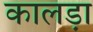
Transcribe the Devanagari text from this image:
कालड़ा